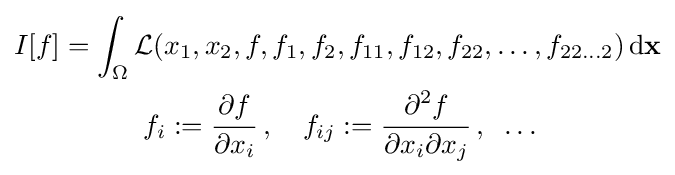
{\begin{aligned}I[f]&=\int _{\Omega }{\mathcal {L}}(x_{1},x_{2},f,f_{1},f_{2},f_{11},f_{12},f_{22},\dots ,f_{22\dots 2})\,\mathrm {d} \mathbf {x} \\&\qquad \quad f_{i}:={\cfrac {\partial f}{\partial x_{i}}}\;,\quad f_{ij}:={\cfrac {\partial ^{2}f}{\partial x_{i}\partial x_{j}}}\;,\;\;\dots \end{aligned}}